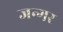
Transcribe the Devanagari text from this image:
जन्गर